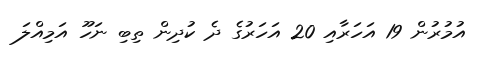
އުމުރުން 19 އަހަރާއި 20 އަހަރުގެ ދެ ކުދިން ތިބި ނަހޫ އަމިއްލަ